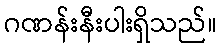
ဂဏန်းနီးပါးရှိသည်။